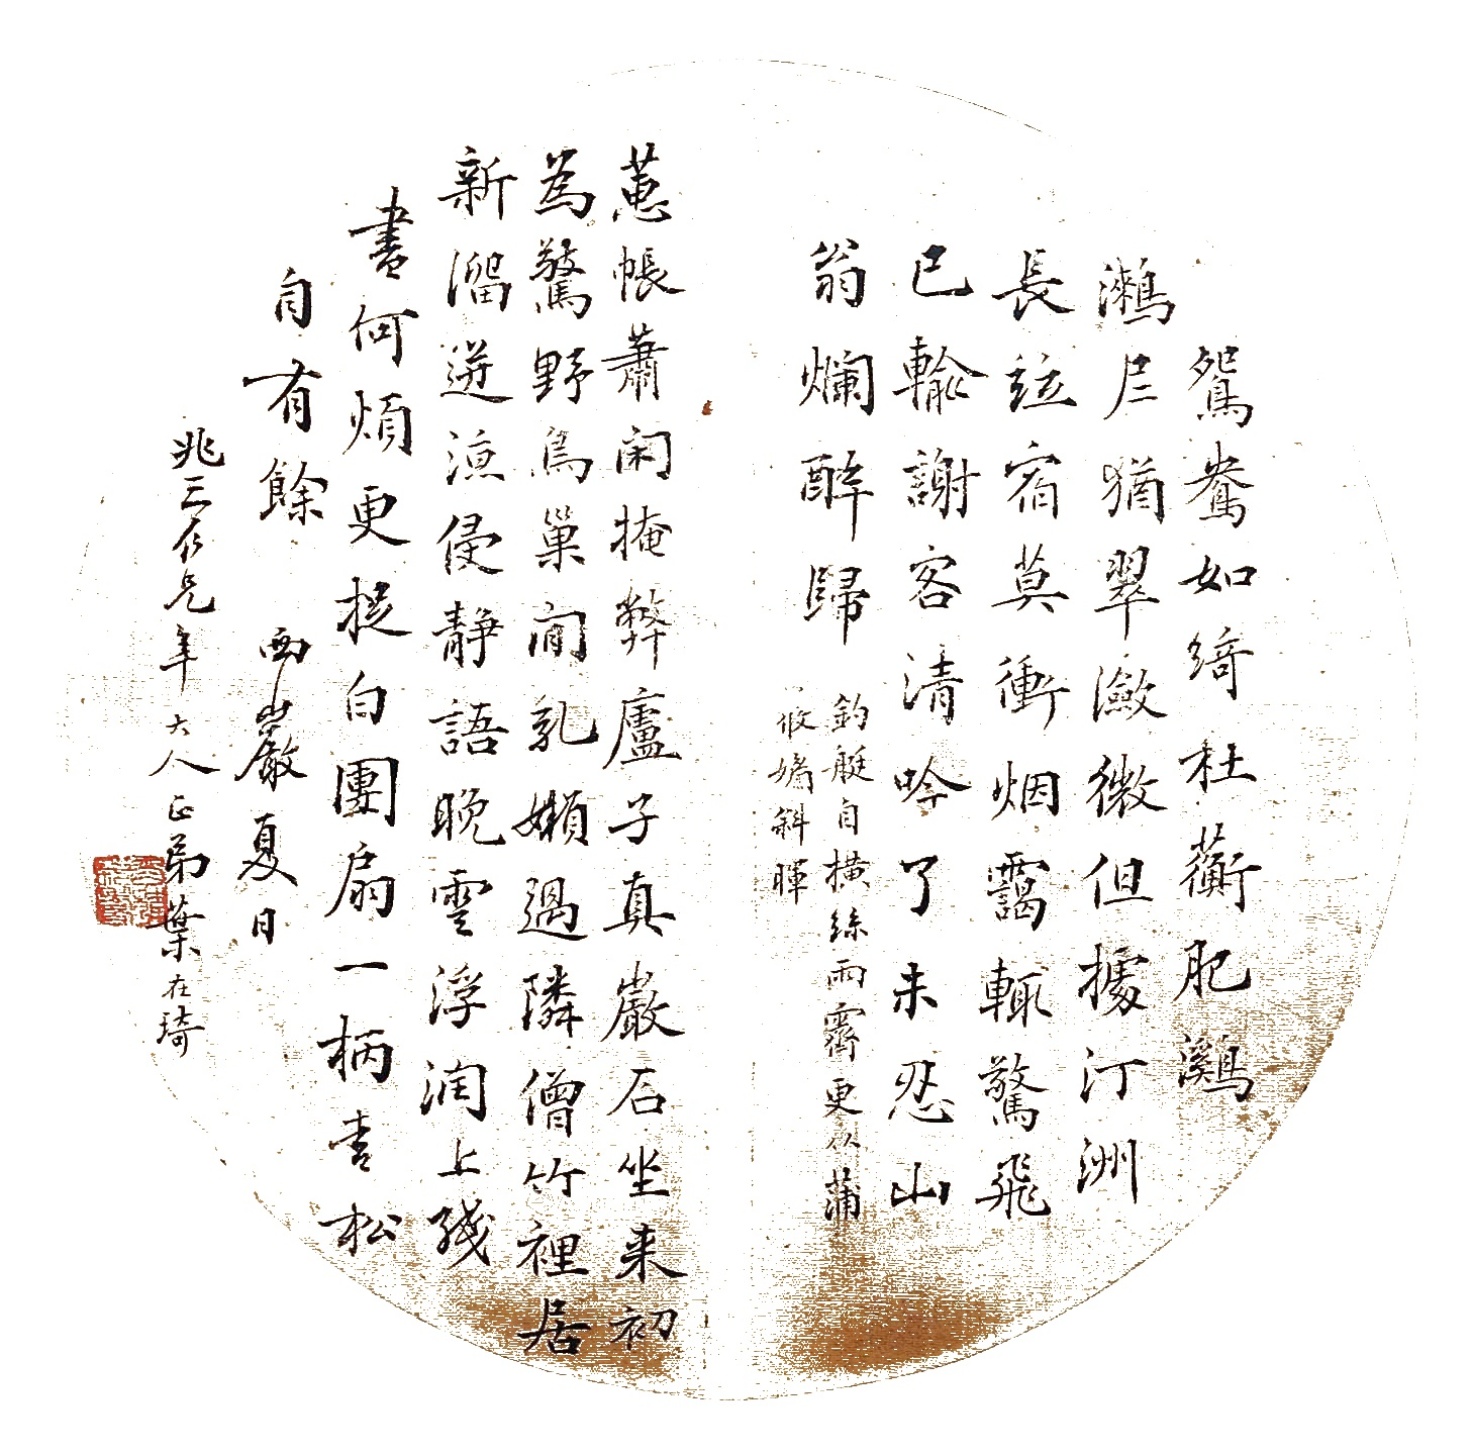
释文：1、鸳鸯如绮杜蘅肥，㶉𫛶夷犹翠潋微。但据汀洲长并宿，莫冲烟霭辄惊飞。已输谢客清吟了，未忍山翁烂醉归。钓艇自横丝雨霁，更从蒲筿媚斜晖。2、蕙帐萧闲掩弊庐，子真岩石坐来初。为惊野鸟巢间乳，懒过邻僧竹里居。新溜迸凉侵静语，晚云浮润上残书。何烦更捉白团扇，一柄青松自有余。西岩夏日，兆三仁兄年大人正弟叶在琦。